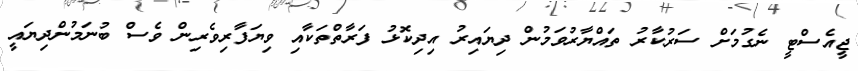
ޖީއެސްޓީ ނެގުމަށް ސަރުކާރު ތައްޔާރުވަމުން ދިޔައިރު އިދިކޮޅު ފަރާތްތަކާއި ވިޔަފާރިވެރިން ވެސް ބުނަމުންދިޔައީ